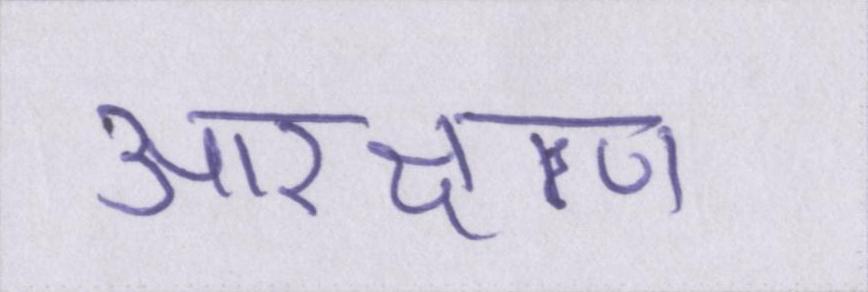
आरक्षण